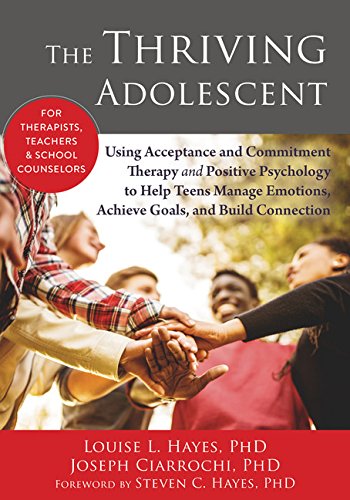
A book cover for The Thriving Adolescent: Using Acceptance and Commitment Therapy and Positive Psychology to Help Teens Manage Emotions, Achieve Goals, and Build Connection; Louise L. Hayes PhD; Education & Teaching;